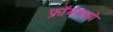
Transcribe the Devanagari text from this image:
फ्रॉकमध्ये